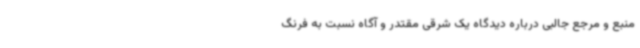
منبع و مرجع جالبی درباره دیدگاه یک شرقی مقتدر و آگاه نسبت به فرنگ